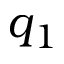
q _ { 1 }